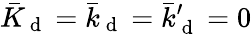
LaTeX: \bar{K}_{\mathrm{~d~}}=\bar{k}_{\mathrm{~d~}}=\bar{k}_{\mathrm{~d~}}^{\prime}=0